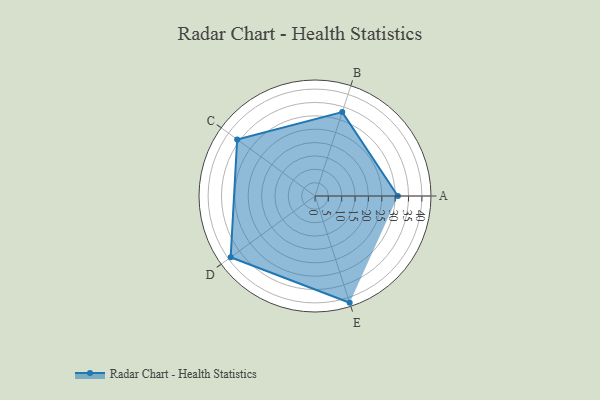
{"axis": {"x": "Skill", "y": "Score"}, "legend": ["Profile"], "data": [{"x": "A", "y": 31.0, "type": "Profile"}, {"x": "B", "y": 33.0, "type": "Profile"}, {"x": "C", "y": 36.0, "type": "Profile"}, {"x": "D", "y": 39.0, "type": "Profile"}, {"x": "E", "y": 42.0, "type": "Profile"}]}